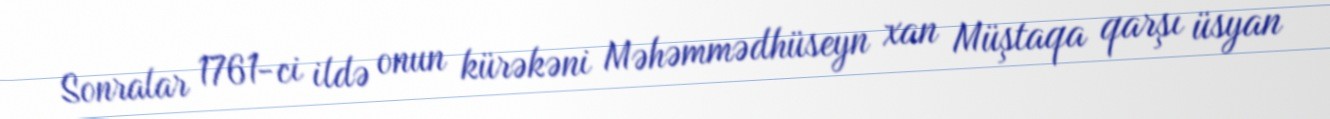
Sonralar 1761-ci ildə onun kürəkəni Məhəmmədhüseyn xan Müştaqa qarşı üsyan